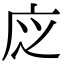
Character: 𢇭